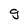
Character: g